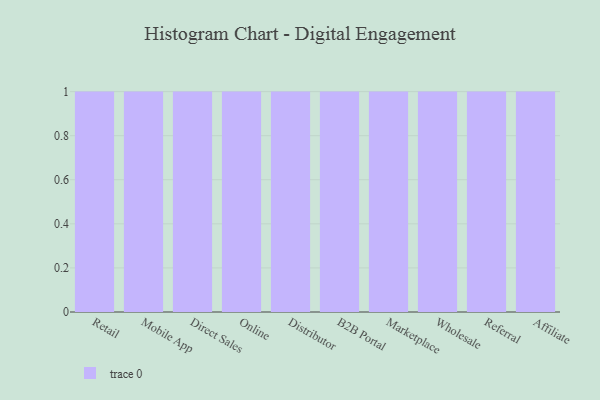
{"axis": {"x": "Channel", "y": "Backlog"}, "legend": [""], "data": [{"x": "Retail", "y": 14, "type": ""}, {"x": "Mobile App", "y": 47, "type": ""}, {"x": "Direct Sales", "y": 70, "type": ""}, {"x": "Online", "y": 69, "type": ""}, {"x": "Distributor", "y": 3, "type": ""}, {"x": "B2B Portal", "y": 50, "type": ""}, {"x": "Marketplace", "y": 8, "type": ""}, {"x": "Wholesale", "y": 33, "type": ""}, {"x": "Referral", "y": 87, "type": ""}, {"x": "Affiliate", "y": 1, "type": ""}]}